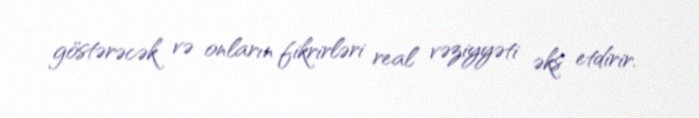
göstərəcək və onların fikrirləri real vəziyyəti əks etdirir.